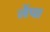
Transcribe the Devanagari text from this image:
लेंपा